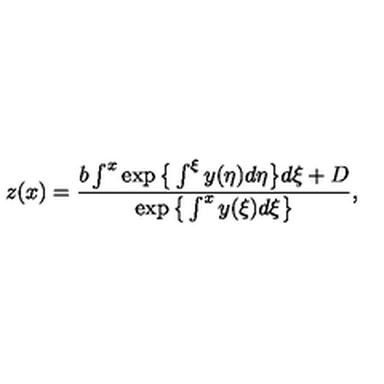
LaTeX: z ( x ) = \frac { b \int ^ { x } \exp \big \{ \int ^ { \xi } y ( \eta ) d \eta \big \} d \xi + D } { \exp \big \{ \int ^ { x } y ( \xi ) d \xi \big \} } ,